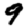
Digit: 9